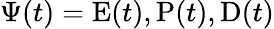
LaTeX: \Psi(t)=\mathrm{E}(t),\mathrm{P}(t),\mathrm{D}(t)